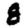
Digit: 8